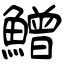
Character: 鱛